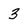
Character: 3